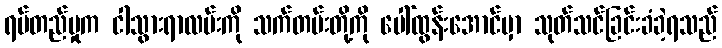
ရပ်တည်မှုက ငါသွားရာလမ်းကို သက်တမ်းတို့ကို ပေါ်ထွန်းအောင်မှာ သုတ်သင်ခြင်းခံခဲ့ရသည်